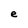
Character: e